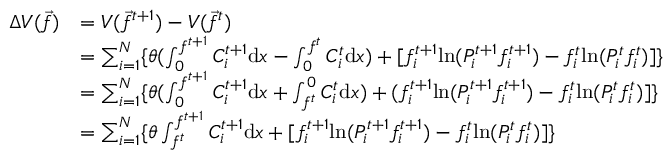
\begin{array} { r l } { \Delta V ( \vec { f } ) } & { = V ( \vec { f } ^ { t + 1 } ) - V ( \vec { f } ^ { t } ) } \\ & { = \sum _ { i = 1 } ^ { N } \{ \theta ( \int _ { 0 } ^ { f ^ { t + 1 } } { C _ { i } ^ { t + 1 } } \mathrm { d } x - \int _ { 0 } ^ { f ^ { t } } { C _ { i } ^ { t } } \mathrm { d } x ) + [ f _ { i } ^ { t + 1 } \mathrm { l n } ( P _ { i } ^ { t + 1 } f _ { i } ^ { t + 1 } ) - f _ { i } ^ { t } \mathrm { l n } ( P _ { i } ^ { t } f _ { i } ^ { t } ) ] \} } \\ & { = \sum _ { i = 1 } ^ { N } \{ \theta ( \int _ { 0 } ^ { f ^ { t + 1 } } { C _ { i } ^ { t + 1 } } \mathrm { d } x + \int _ { f ^ { t } } ^ { 0 } { C _ { i } ^ { t } } \mathrm { d } x ) + ( f _ { i } ^ { t + 1 } \mathrm { l n } ( P _ { i } ^ { t + 1 } f _ { i } ^ { t + 1 } ) - f _ { i } ^ { t } \mathrm { l n } ( P _ { i } ^ { t } f _ { i } ^ { t } ) ] \} } \\ & { = \sum _ { i = 1 } ^ { N } \{ \theta \int _ { f ^ { t } } ^ { f ^ { t + 1 } } { C _ { i } ^ { t + 1 } } \mathrm { d } x + [ f _ { i } ^ { t + 1 } \mathrm { l n } ( P _ { i } ^ { t + 1 } f _ { i } ^ { t + 1 } ) - f _ { i } ^ { t } \mathrm { l n } ( P _ { i } ^ { t } f _ { i } ^ { t } ) ] \} } \end{array}